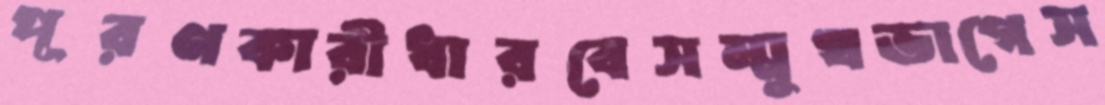
পূরণকারীধারবেসম্মুখভাগেস